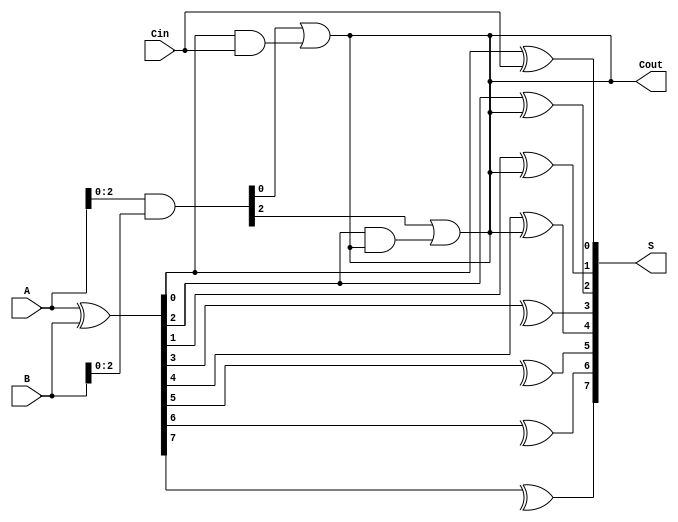
module kogge_stone_adder #(
    parameter N = 8  // Width of the inputs (must be a power of 2)
) (
    input  [N-1:0] A,
    input  [N-1:0] B,
    input         Cin,
    output [N-1:0] S,
    output         Cout
);

    // Generate and Propagate signals
    wire [N-1:0] G; // Generate
    wire [N-1:0] P; // Propagate
    wire [N:0] C;   // Carry

    assign G = A & B;        // Generate
    assign P = A ^ B;        // Propagate
    assign C[0] = Cin;       // Carry-in

    // Carry generation using Kogge-Stone algorithm
    genvar i, j, k;

    // Level 0
    assign C[1] = G[0] | (P[0] & C[0]);

    // Levels for carry calculations
    generate
        for (i = 1; i < N; i = i + 1) begin : carry_gen
            for (j = 0; j < 2**i; j = j + 1) begin : carry_level
                if (j < (2**(i-1))) begin
                    assign C[(j+1)*2**i] = G[j*2**(i-1)] | (P[j*2**(i-1)] & C[j*2**(i-1)]);
                end
            end
        end
    endgenerate

    // Level N
    assign Cout = C[N]; // Final carry out

    // Sum calculation
    generate
        for (k = 0; k < N; k = k + 1) begin : sum_calc
            assign S[k] = P[k] ^ C[k]; // Sum bit calculation
        end
    endgenerate

endmodule